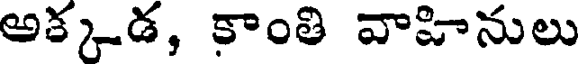
అక్కడ, కాంతి వాహినులు